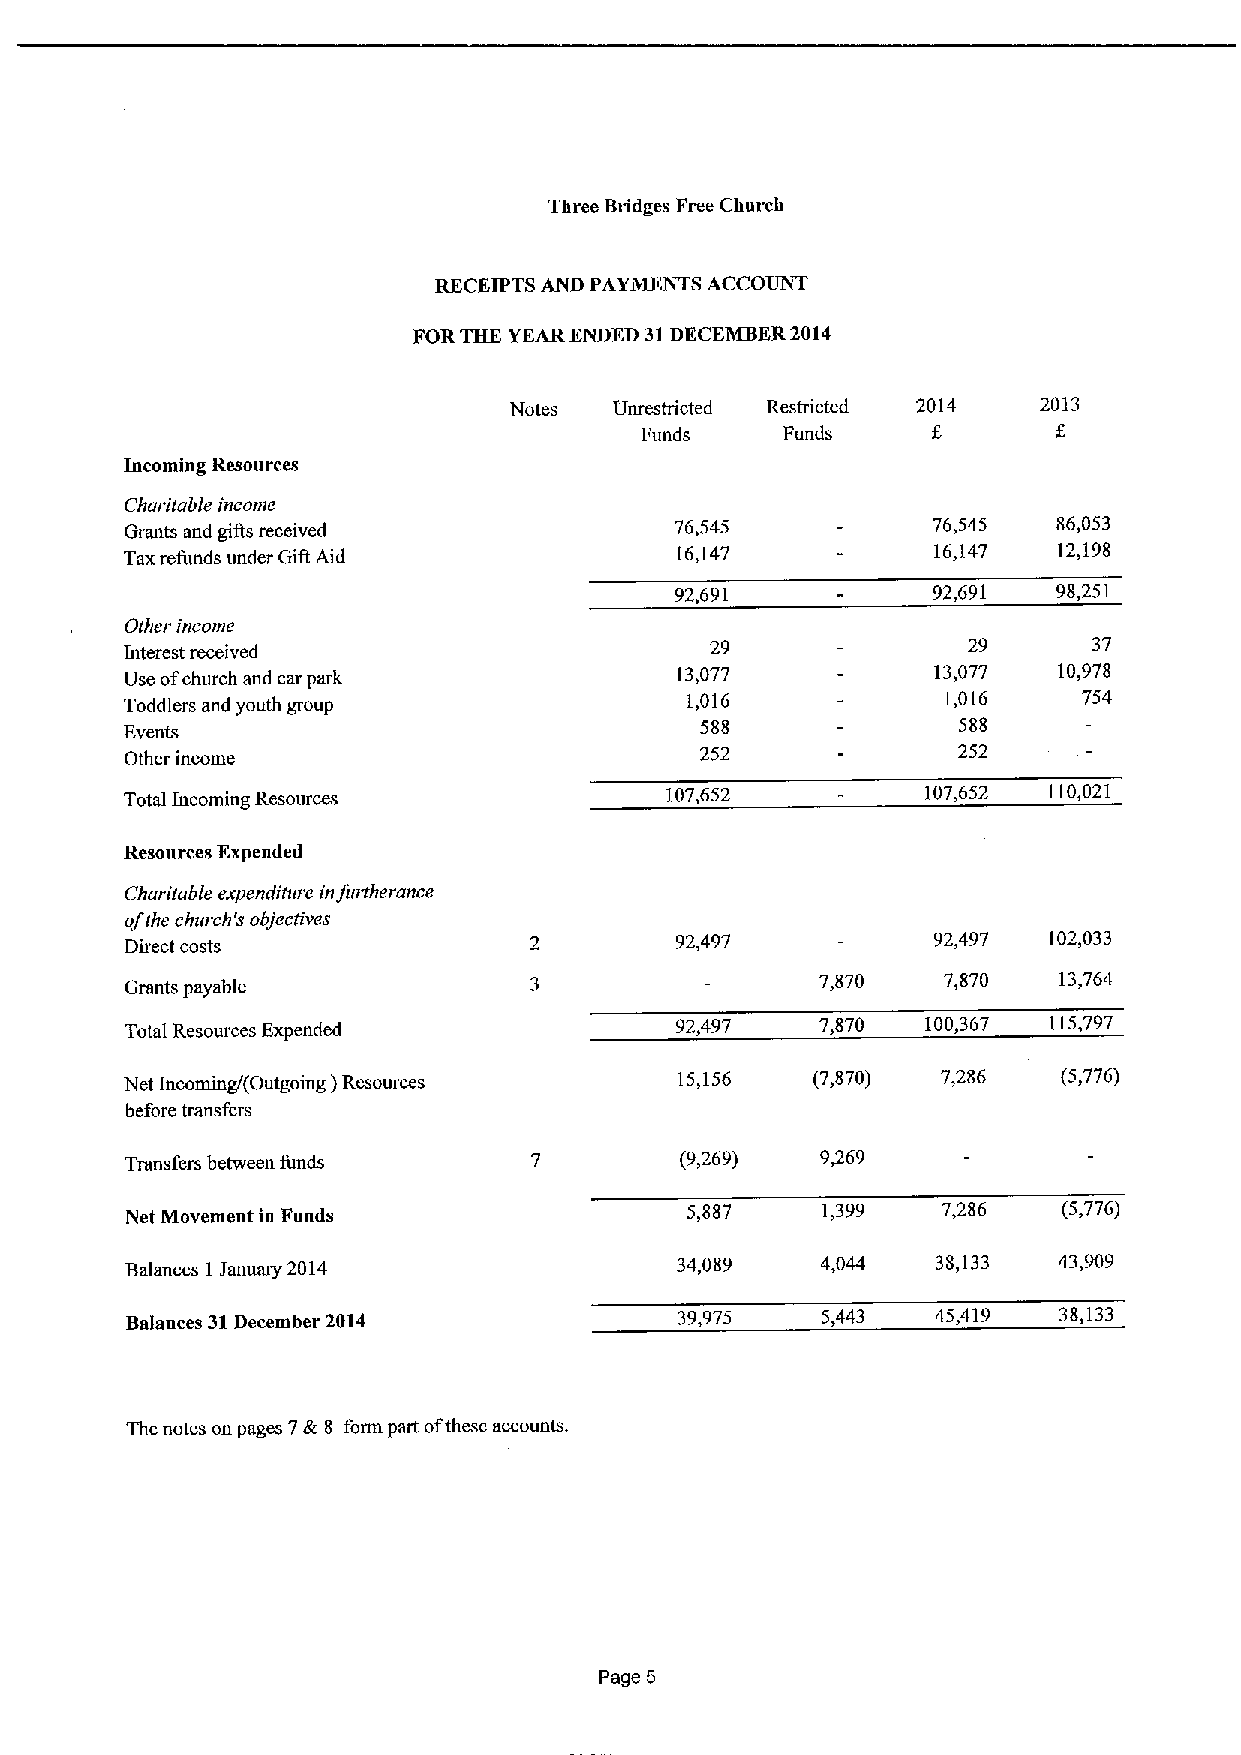
Three Bridges Free Church
 RECEIPTS AND PAYMENTS ACCOUNT
 FORTHE YEARENDED 31DECEMBER2014
 Notes  Unrestricted Restricted 2014 2013
 Funds     Funds
 Incoming Resources
 Charitable income
 Grants and gills received            76,545           76,545  86,053
 Tax refunds under Gilt Aid           16,147           16,147  12,198
 92,691           92,691  98,251
 Other income
 Interest received                      29               29      37
 Use ofchurch and car park            13,077           13,077  10,978
 Toddlers and youth group
 1,016             1,016    754
 Events                                588              588
 Other income                          252              252
 Total Incoming Resources            107,652          107,652 110,021
 Resources Expended
 Charitable expenditure infitriherance
 ofthe c/ntrch's objectives
 Direct costs                         92,497           92,497 102,033
 7,870   7,870   13,764
 Grants payable
 Total Resources Expended             92,497   7,870  100,367 115,797
 Net Incoming/(Outgoing )Resources    15,156   (7,870) 7,286   (5,776)
 before transfers
 Transfers between funds              (9,269)  9769
 Net Movement in Funds                5,887    1,399   7,286   (5,776)
 Balances 1 January 2014              34,089   4,044   38,133  43,909
 Balances 31December 2014             39,975   5443    45,419  38,133
 The notes on pages 7&8 form part ofthese accounts.
 Page 5